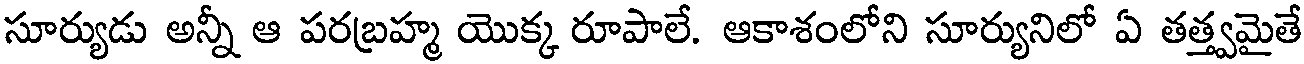
సూర్యుడు అన్నీ ఆ పరబ్రహ్మ యొక్క రూపాలే. ఆకాశంలోని సూర్యునిలో ఏ తత్త్వమైతే